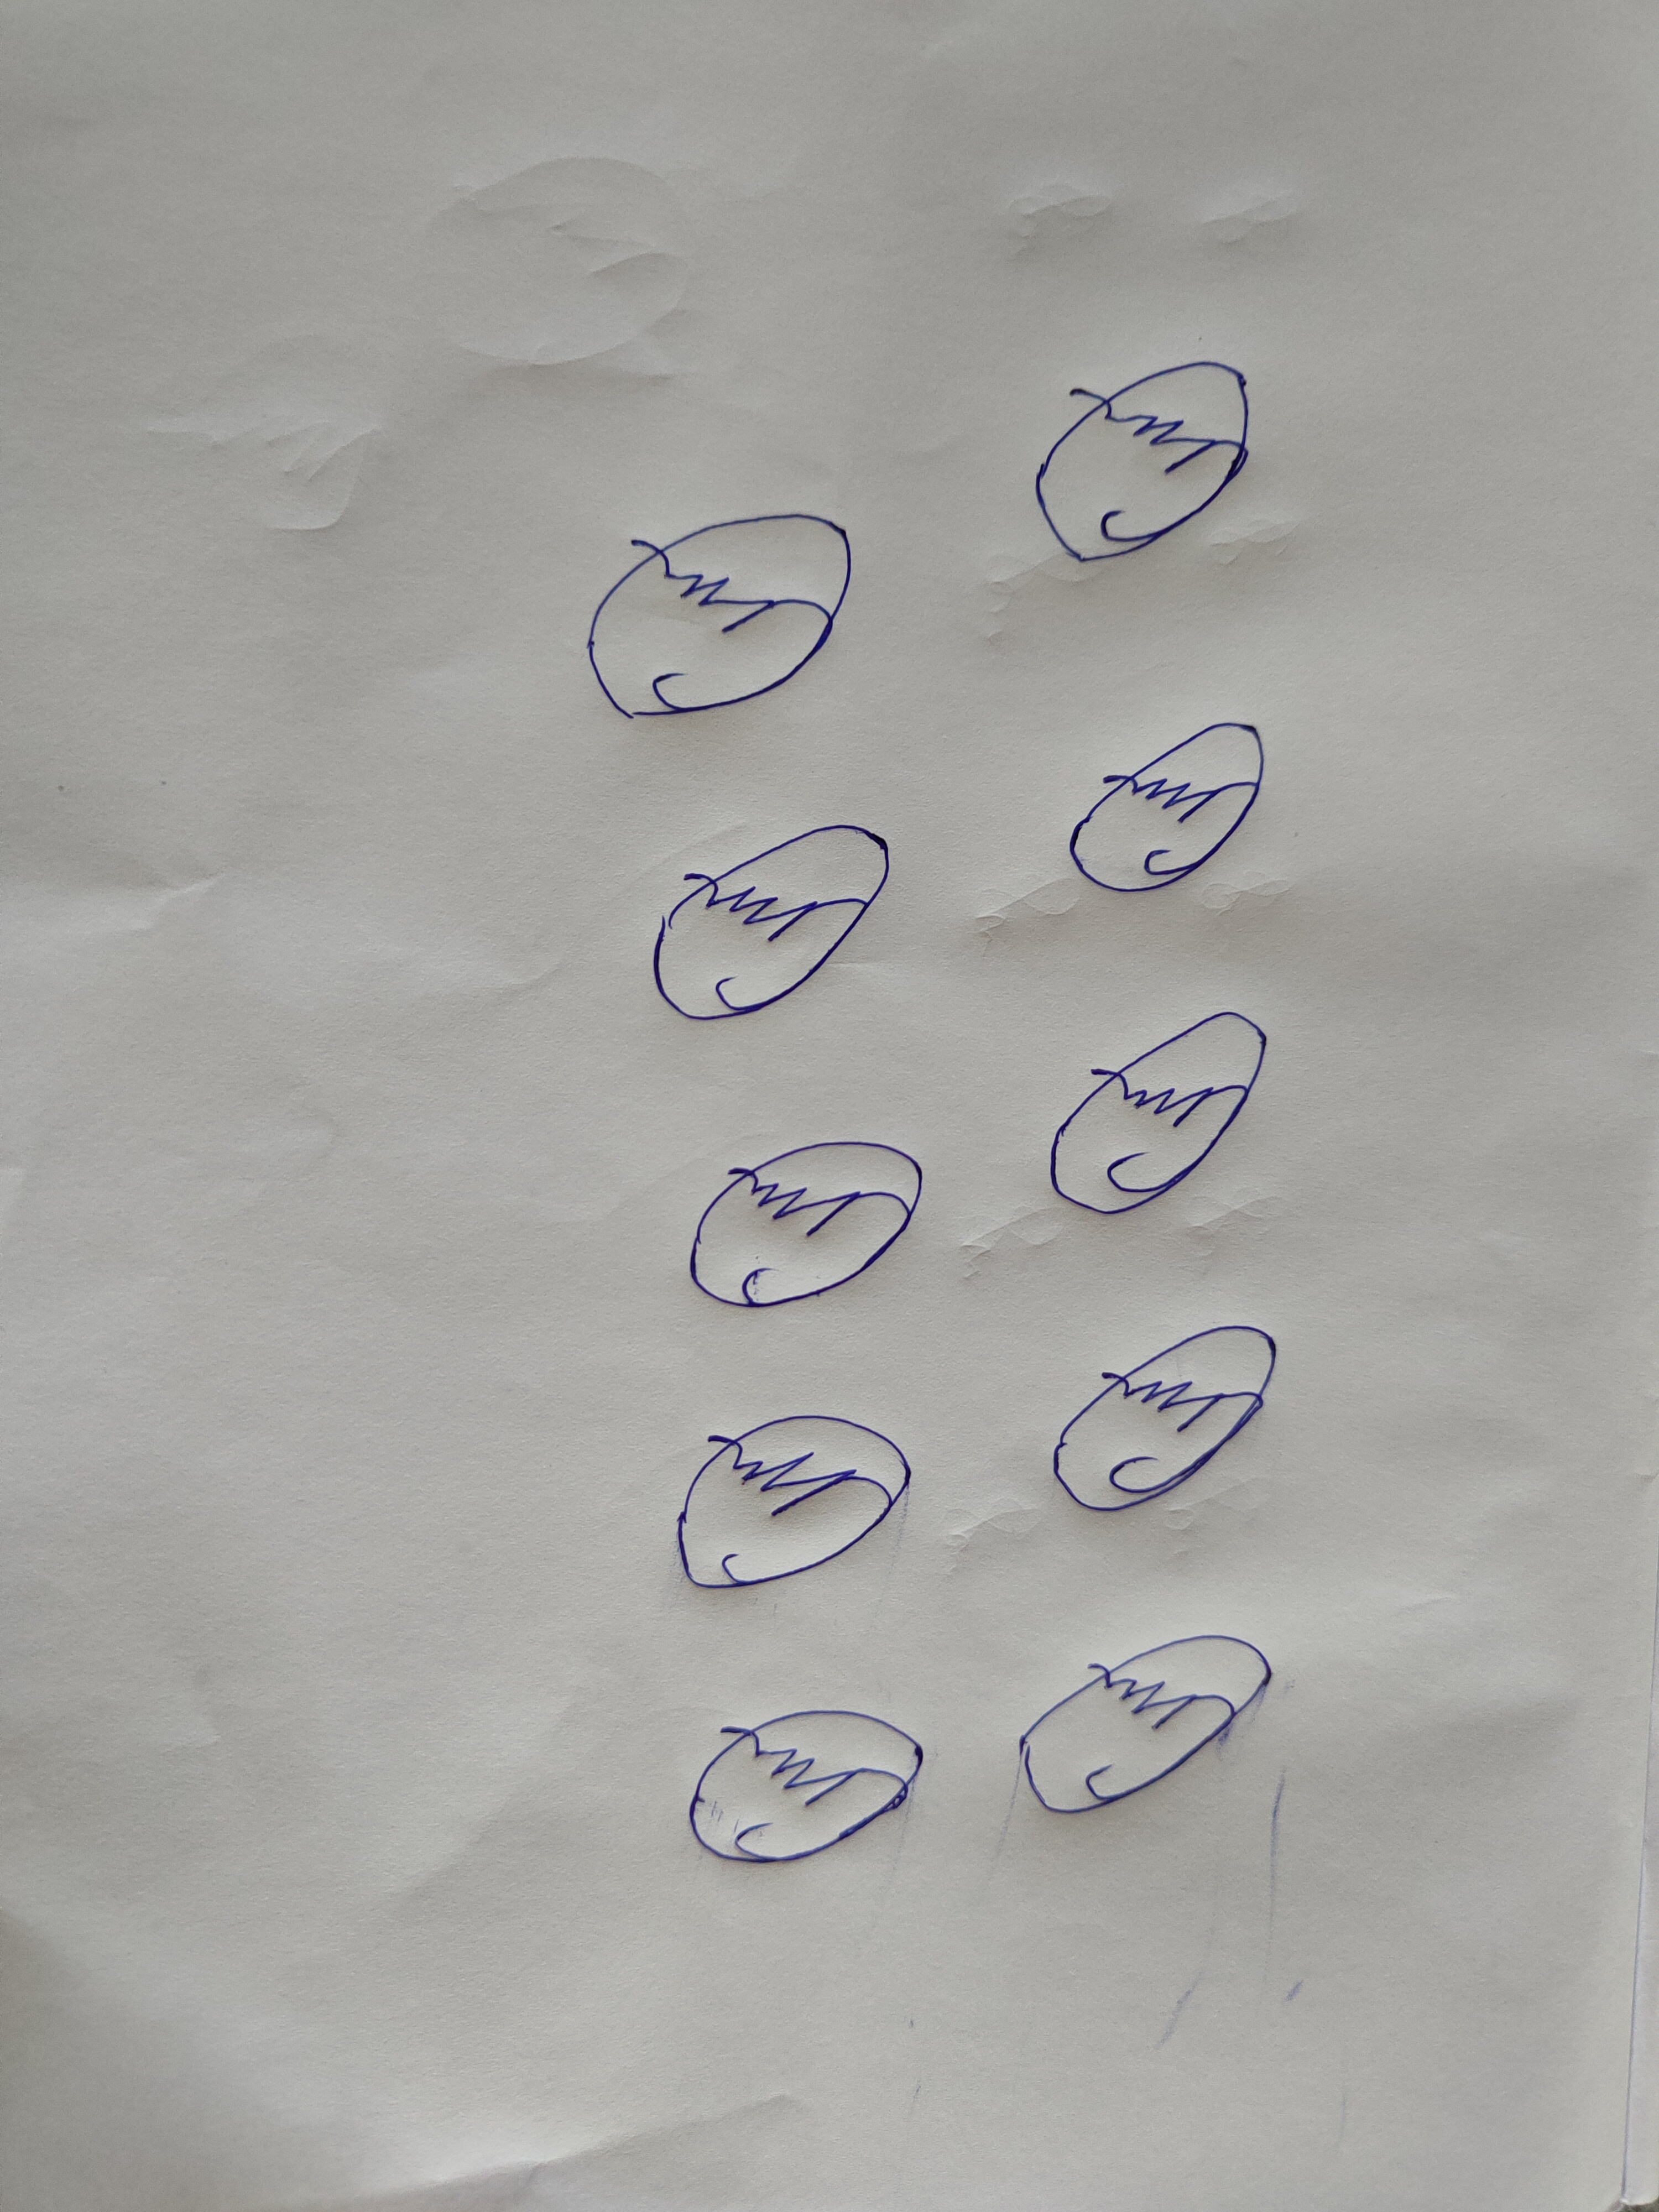
Signature authenticity: forged